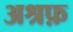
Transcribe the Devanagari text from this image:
अश्रफ़